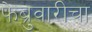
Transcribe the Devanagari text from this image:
फेब्रुवारीचा